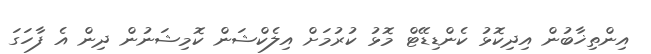
އިންތިޚާބުން އިދިކޮޅު ކެންޑިޑޭޓް މޮޅު ކުރުމަށް އިލެކްޝަން ކޮމިޝަނުން ދިން އެ ފާހަގަ